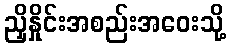
ညှိနှိုင်းအစည်းအဝေးသို့